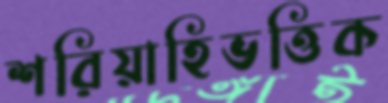
শরিয়াহিভত্তিক